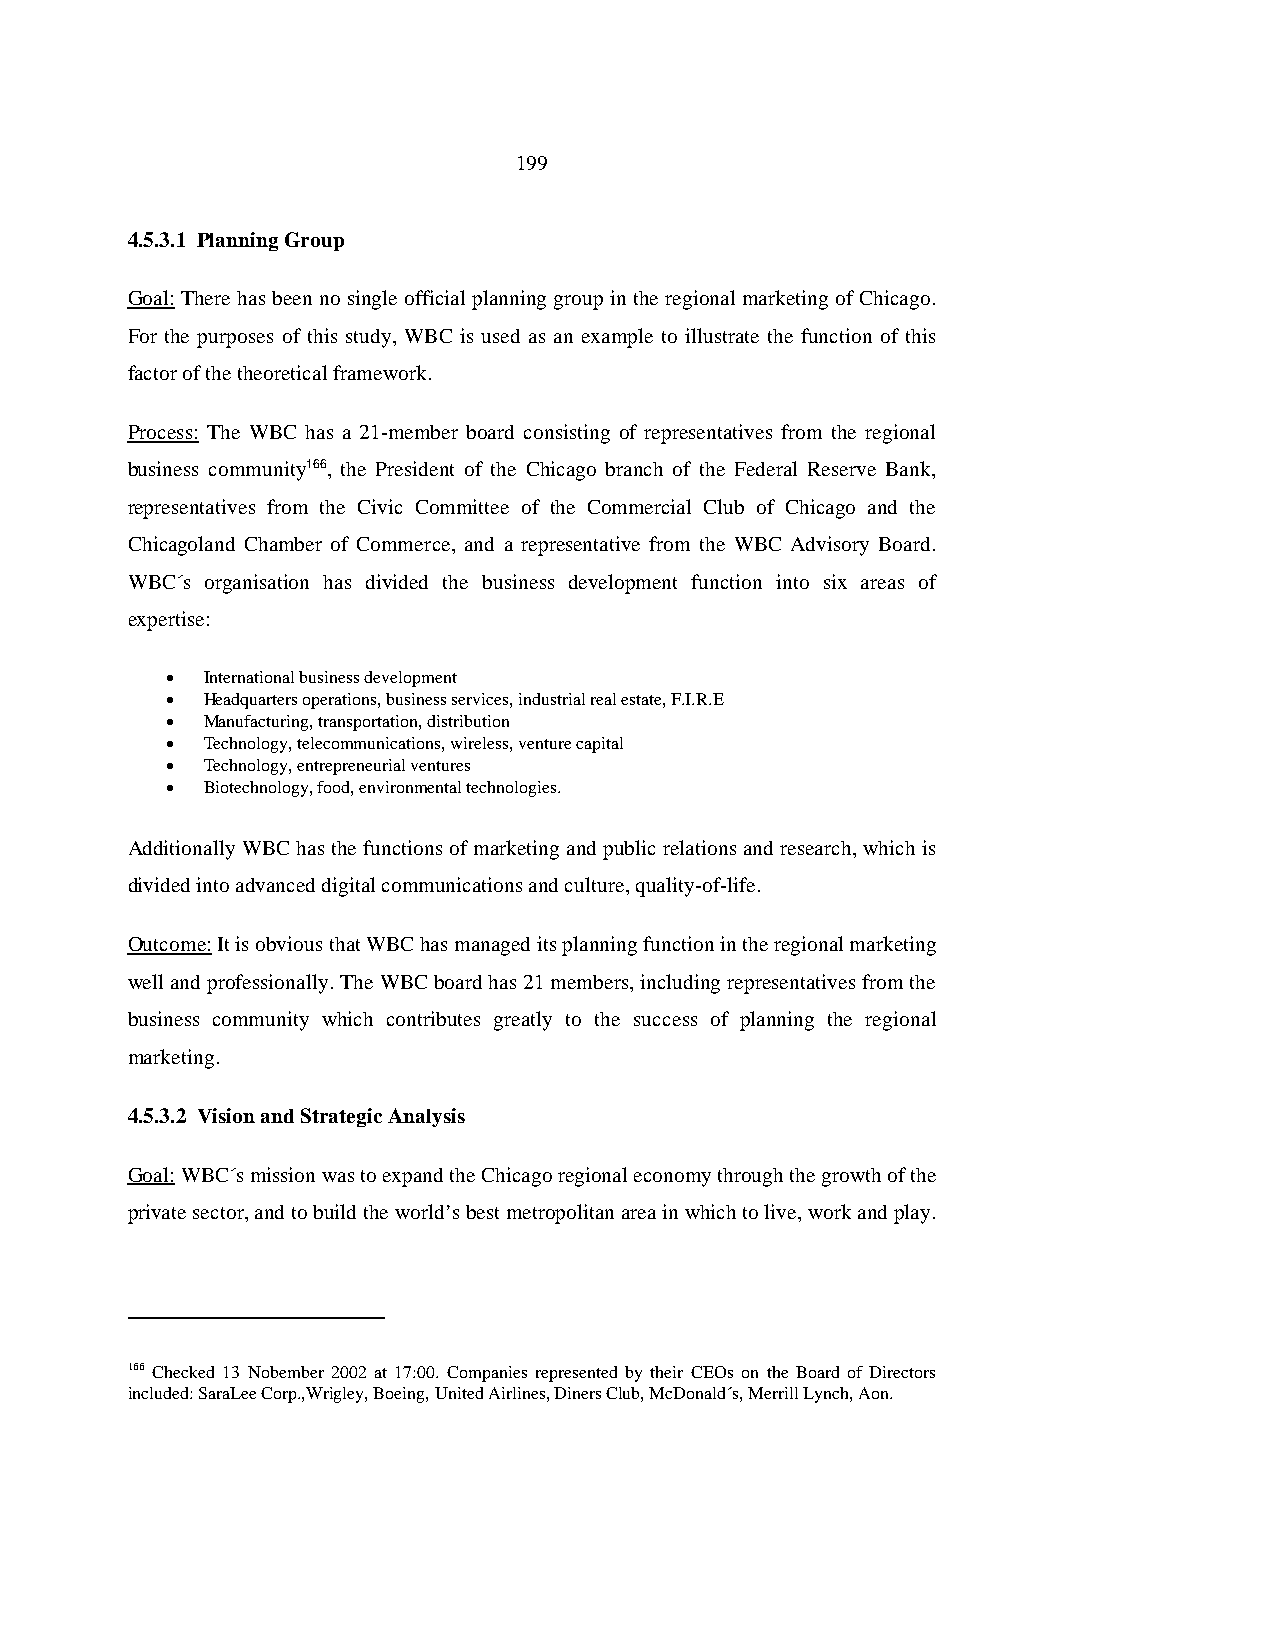
199
 4.5.3.1 Planning Group
 Goal: There has been no single official planning group in the regional marketing of Chicago.
 For the purposes of this study, WBC is used as an example to illustrate the function of this
 factor of the theoretical framework.
 Process: The WBC has a 21-member board consisting of representatives from the regional
 business community166, the President of the Chicago branch of the Federal Reserve Bank,
 representatives from the Civic Committee of the Commercial Club of Chicago and the
 Chicagoland Chamber of Commerce, and a representative from the WBC Advisory Board.
 WBC´s organisation has divided the business development function into six areas of
 expertise:
 • International business development
 • Headquarters operations, business services, industrial real estate, F.I.R.E
 • Manufacturing, transportation, distribution
 • Technology, telecommunications, wireless, venture capital
 • Technology, entrepreneurial ventures
 • Biotechnology, food, environmental technologies.
 Additionally WBC has the functions of marketing and public relations and research, which is
 divided into advanced digital communications and culture, quality-of-life.
 Outcome: It is obvious that WBC has managed its planning function in the regional marketing
 well and professionally. The WBC board has 21 members, including representatives from the
 business community which contributes greatly to the success of planning the regional
 marketing.
 4.5.3.2 Vision and Strategic Analysis
 Goal: WBC´s mission was to expand the Chicago regional economy through the growth of the
 private sector, and to build the world’s best metropolitan area in which to live, work and play.
 166 Checked 13 Nobember 2002 at 17:00. Companies represented by their CEOs on the Board of Directors
 included: SaraLee Corp.,Wrigley, Boeing, United Airlines, Diners Club, McDonald´s, Merrill Lynch, Aon.